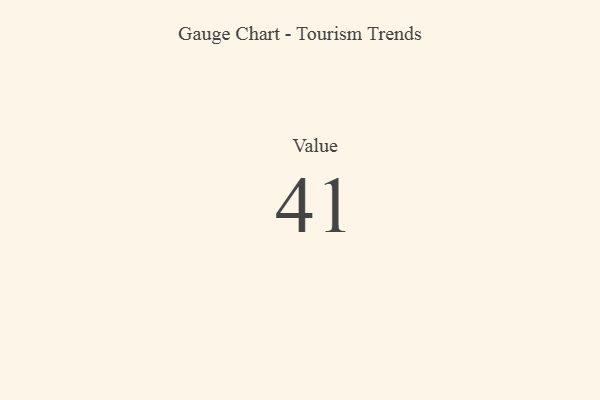
{"axis": {"x": "Metric", "y": "Value"}, "legend": [""], "data": [{"x": "Value", "y": 41, "type": ""}]}